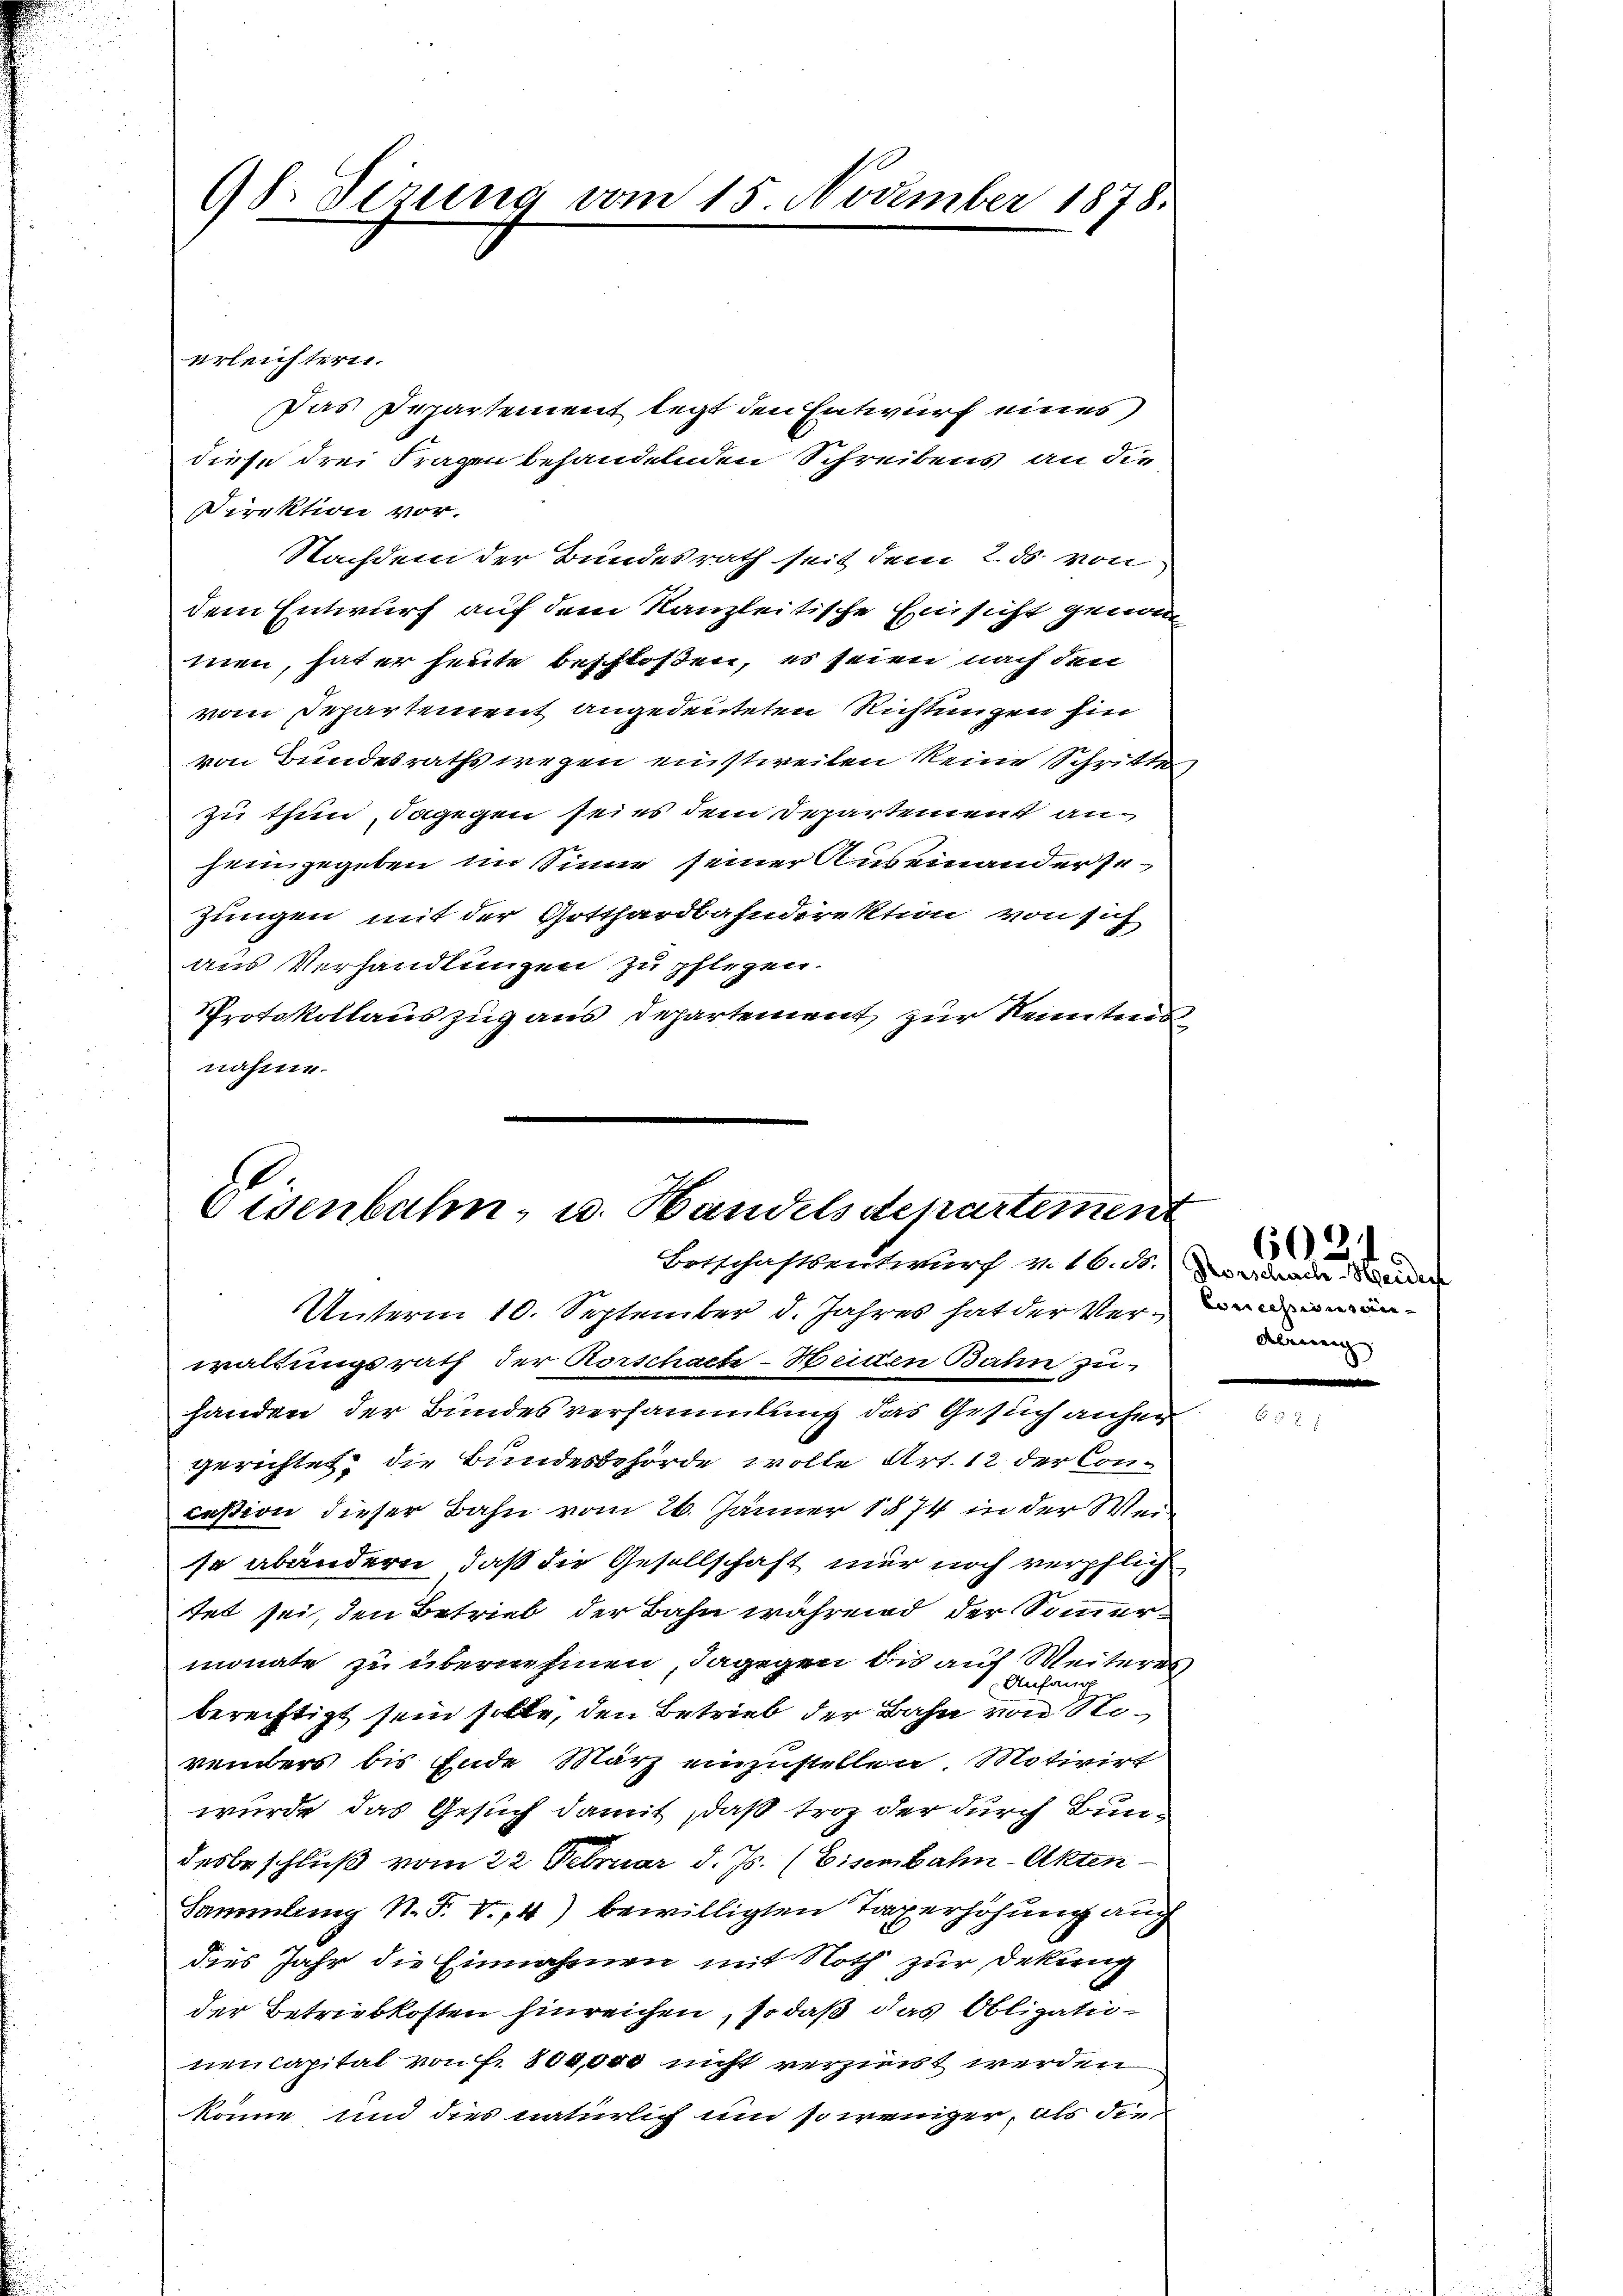
98. Sizung vom 15. November 1878.

erleichtern.
Das Departement legt den Entwurf eines
diese drei Fragen behandelnden Schreibens an die
Direktion vor.
Nachdem der Bundesrath seit dem 2. ds. von
dem Entwurf auf dem Kanzleitische Einsicht genom
men, hat er heute beschloßen, es seien nach den
vom Departement angedeuteten Richtungen hin
von Bundesraths wegen einstweilen keine Schritte
zu thun, dagegen seins dem Departement anheimgegeben im Sinne seiner Auseinandersezungen mit der Gotthardbahndirektion von sich
aus Verhandlungen zu pflegen.
Protokollauszug aus Departement zur Kenntnis
nahme.

Visenbahn, u. Handelsdepartemen
Ortschaftsentwurch v. 16. d. daran ein

Unterm 10. September d. Jahres hat der Veranwaltungsrath der Rorschacte Heiden Bahn zu-
handen der Bundesversammlung das Gesuch anher
gerichtet, die Bundesbehörde wolle Art. 12 der Concassion dieser Bahn vom 26. Jänner 1874 in der Weiso abändern, daß die Gesellschaft nur noch verpflich
tet sei, den Betrieb der Bahn während der Sommermonate zu übernehmen, dagegen bis auf Weiteres
Anfang
berechtigt sein solle, den Betrieb der Bahn von Noreiders bis Ende März einzustellen. Motivirt
wurde das Gesuch damit, daß trotz der durch Bundesbeschluß vom 22 Februar d. Js. (Eisenbahn-Akten
Sammlung N. F. V.,4) bewilligten Taxerhöhung auch
dies Jahr die Einnahmen mit Noth zur Dekung
der Betriebkosten hinreichen, so daß das Obligationencapital von Fr. 800,000 nicht verzinst werden
könne und dies natürlich um so weniger, als die

derung

6021.